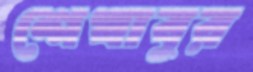
শেখাবুর